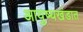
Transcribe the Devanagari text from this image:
आयुष्यखंडात